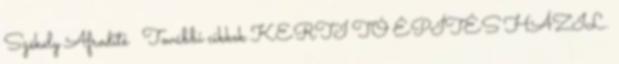
Székely Afrodité ← További cikkek KERTI TÓ ÉPÍTÉS HÁZIL.